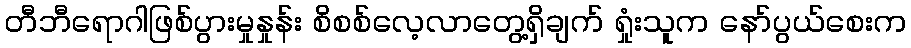
တီဘီရောဂါဖြစ်ပွားမှုနှုန်း စိစစ်လေ့လာတွေ့ရှိချက် ရှုံးသူက နော်ပွယ်စေးက